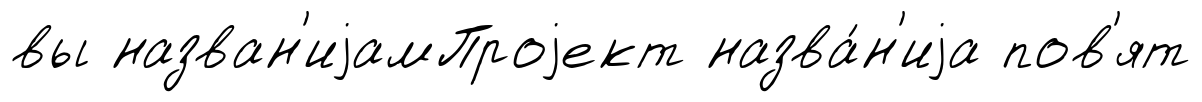
вы назван'иjамПроjект назва́н'иjа пов'ят